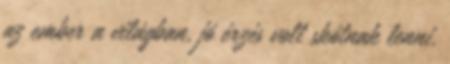
az ember a világban, jó érzés volt skótnak lenni.